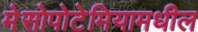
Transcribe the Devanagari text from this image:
मेसोपोटेमियामधील